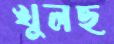
খুলছ